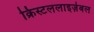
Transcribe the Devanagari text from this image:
क्रिस्टललाइज़ेबल